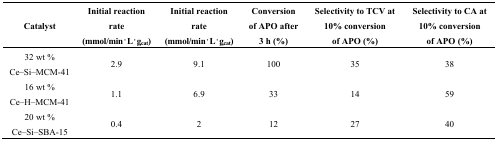
<table><thead><tr><td><b>Catalyst</b></td><td><b>Initial reaction rate (mmol/min·L·g<sub>cat</sub>)</b></td><td><b>Initial reaction rate(mmol/min·L·g<sub>cat</sub>)</b></td><td><b>Conversion of APO after 3 h (%)</b></td><td><b>Selectivity to TCV at 10% conversionof APO (%)</b></td><td><b>Selectivity to CA at 10% conversionof APO (%)</b></td></tr></thead><tbody><tr><td>32 wt % Ce–Si–MCM-41</td><td>2.9</td><td>9.1</td><td>100</td><td>35</td><td>38</td></tr><tr><td>16 wt % Ce–H–MCM-41 </td><td>1.1</td><td>6.9</td><td>33</td><td>14</td><td>59</td></tr><tr><td>20 wt % Ce–Si–SBA-15 </td><td>0.4</td><td>2</td><td>12</td><td>27</td><td>40</td></tr></tbody></table>